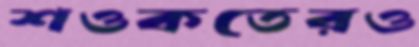
শওকতেরও